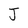
Character: J